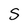
Character: S